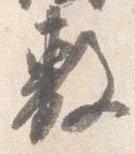
敷